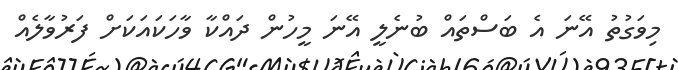
މިވަގުތު އޭނަ އެ ބަސްތައް ބުނެލީ އޭނަ މީހުން ދައްކާ ވާހަކައަކަށް ފަރުވާލެއް